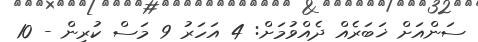
ސަންއަށް ޚަބަރެއް ދެއްވުމަށް: 4 އަހަރު 9 މަސް ކުރިން - 10